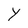
Character: Y